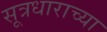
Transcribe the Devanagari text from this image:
सूत्रधाराच्या